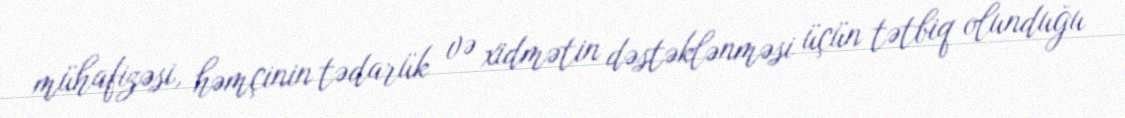
mühafizəsi, həmçinin tədarük və xidmətin dəstəklənməsi üçün tətbiq olunduğu